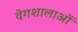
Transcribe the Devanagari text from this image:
वेगशालाओं